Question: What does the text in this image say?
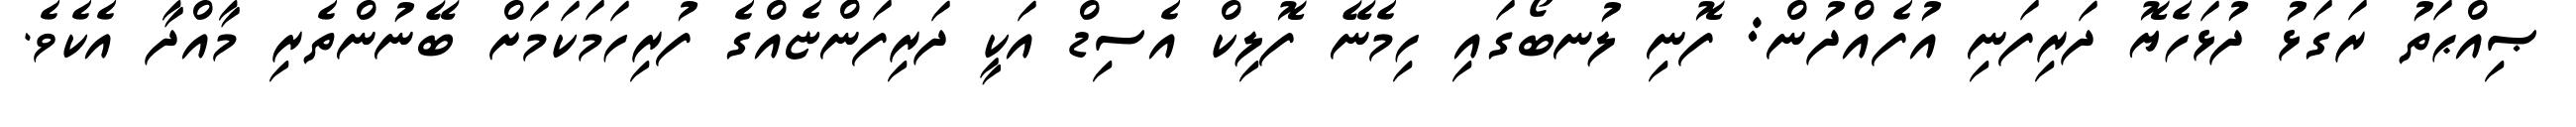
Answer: ޞިއްޙަތު ރަގަޅު ދުޅަހެޔޮ ދަރިފަނި އުފެއްދުން: ފޮނި ލުނބޯގައި ހިމެނޭ ފޮލިކް އެސިޑް އަކީ ދަރިފަންޏެއްގެ ފުރިހަމަކަމަށް ބޭނުންތެރި މާއްދާ އެކެވެ.